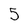
Character: 5